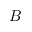
B